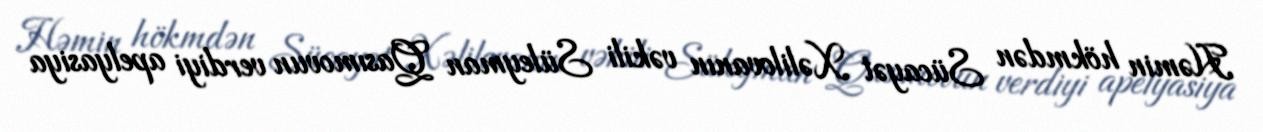
Həmin hökmdən Sücayət Xəlilovanın vəkili Süleyman Qasımovun verdiyi apelyasiya